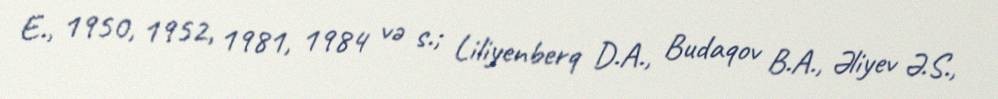
E., 1950, 1952, 1981, 1984 və s.; Liliyenberq D.A., Budaqov B.A., Əliyev Ə.S.,